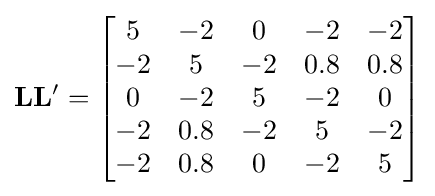
\mathbf {LL'} ={\begin{bmatrix}5&-2&0&-2&-2\\-2&5&-2&0.8&0.8\\0&-2&5&-2&0\\-2&0.8&-2&5&-2\\-2&0.8&0&-2&5\end{bmatrix}}